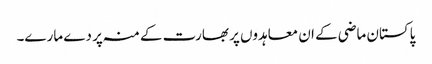
پاکستان ماضی کے ان معاہدوں پر بھارت کے منہ پر دے مارے۔